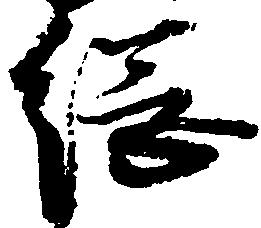
綱